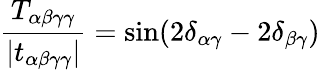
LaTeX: \frac{T_{\alpha\beta\gamma\gamma}}{|t_{\alpha\beta\gamma\gamma}|}=\sin(2\delta_{\alpha\gamma}-2\delta_{\beta\gamma})